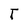
Character: T